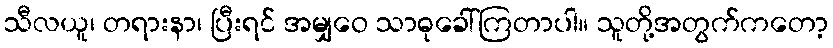
သီလယူ၊ တရားနာ၊ ပြီးရင် အမျှဝေ သာဓုခေါ်ကြတာပါ။ သူတို့အတွက်ကတော့